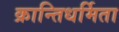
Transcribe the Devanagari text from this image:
क्रान्तिधर्मिता